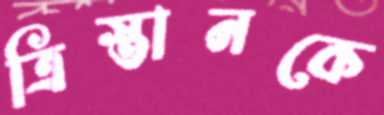
ত্রিস্তানকে